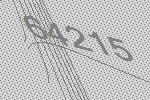
64215